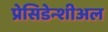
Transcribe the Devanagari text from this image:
प्रेसिडेन्शीअल